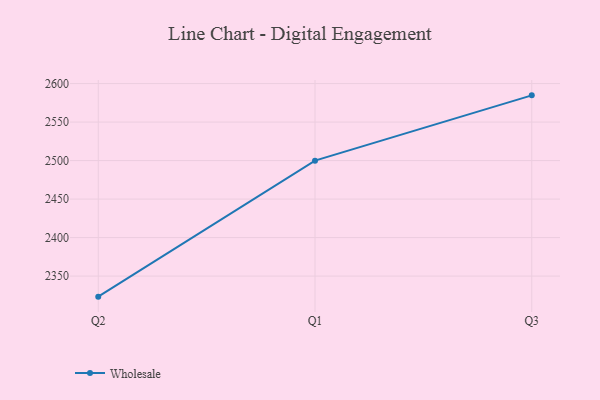
{"axis": {"x": "Quarter", "y": "Tickets Resolved"}, "legend": ["Wholesale"], "data": [{"x": "Q2", "y": 2323.3, "type": "Wholesale"}, {"x": "Q1", "y": 2499.9, "type": "Wholesale"}, {"x": "Q3", "y": 2584.7, "type": "Wholesale"}]}